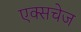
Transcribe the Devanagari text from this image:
एक्सचेज